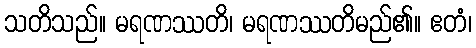
သတိသည်။ မရဏဿတိ၊ မရဏဿတိမည်၏။ ဧတံ၊